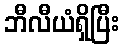
ဘီလီယံရှိပြီး